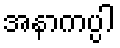
အနာကပ္ပါ